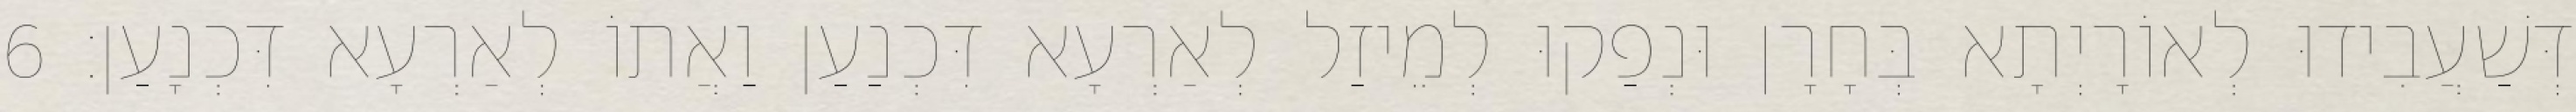
דְּשַׁעֲבִידוּ לְאוֹרָיְתָא בְּחָרָן וּנְפַקוּ לְמֵיזַל לְאַרְעָא דִּכְנַעַן וַאֲתוֹ לְאַרְעָא דִּכְנָעַן׃ 6